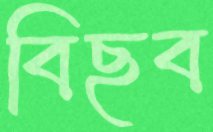
বিছব